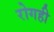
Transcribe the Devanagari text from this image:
रोगही